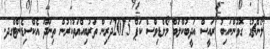
ލޯންޗުގެ ގޮވުންނައިބު ރައީސް އަދީބުކްލަބް މޯލްޑިވްސް ކަޕް 2015ދަރިން ތަރުބިއްޔަތުކުރުން ތިނަދޫ އެކްސިޑެންޓްގދ.